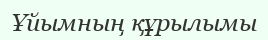
Ұйымның құрылымы